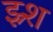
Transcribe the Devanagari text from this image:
झ्र्श